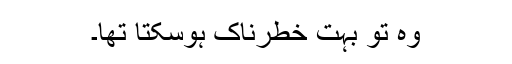
وہ تو بہت خطرناک ہوسکتا تھا۔